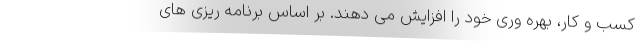
کسب و کار، بهره وری خود را افزایش می دهند. بر اساس برنامه ریزی های